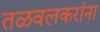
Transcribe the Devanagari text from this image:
तळवलकरांना